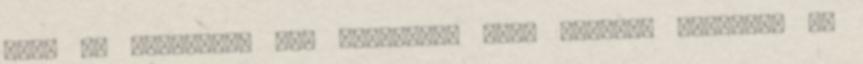
mert én akkoriban úgy gondoltam hogy nagyobb dics�ség ha